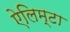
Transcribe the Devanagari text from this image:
ऐलिम्टा